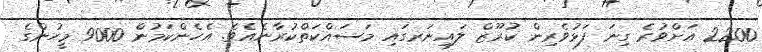
2200 އަށްވުރެ ގިނަ ފަޅުވެރިން ކުރޫޒް ލައިނަރގައި މަސައްކަތްކުރާނެއެވެ. އެހެންކަމުން 9000 މީހުންގެ